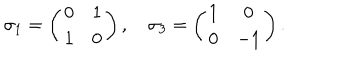
LaTeX: \sigma _ { 1 } = \left( \begin{array} { c c } { { 0 } } & { { 1 } } \\ { { 1 } } & { { 0 } } \\ \end{array} \right) , ~ \sigma _ { 3 } = \left( \begin{array} { c c } { { 1 } } & { { 0 } } \\ { { 0 } } & { { - 1 } } \\ \end{array} \right) .